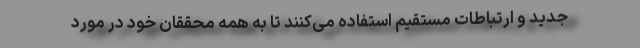
جدید و ارتباطات مستقیم استفاده می‌کنند تا به همه محققان خود در مورد